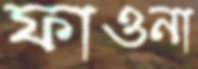
ফাওনা